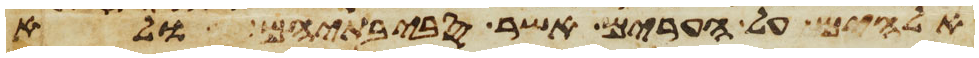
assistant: אלהים על הערים אשר סביבתיהם ולא